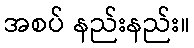
အစပ် နည်းနည်း။